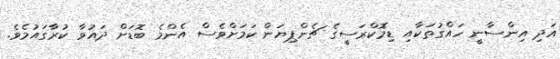
އަދި އިންސާނީ ހައްގުތަކާއި ޑިމޮކްރަސީގެ ޗެންޕިޔަން ކަމަށްވެސް އެންމެ ބޮޑަށް ދައުވާ ކުރާގައުމެވެ.